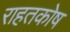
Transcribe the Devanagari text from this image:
राहतकोष